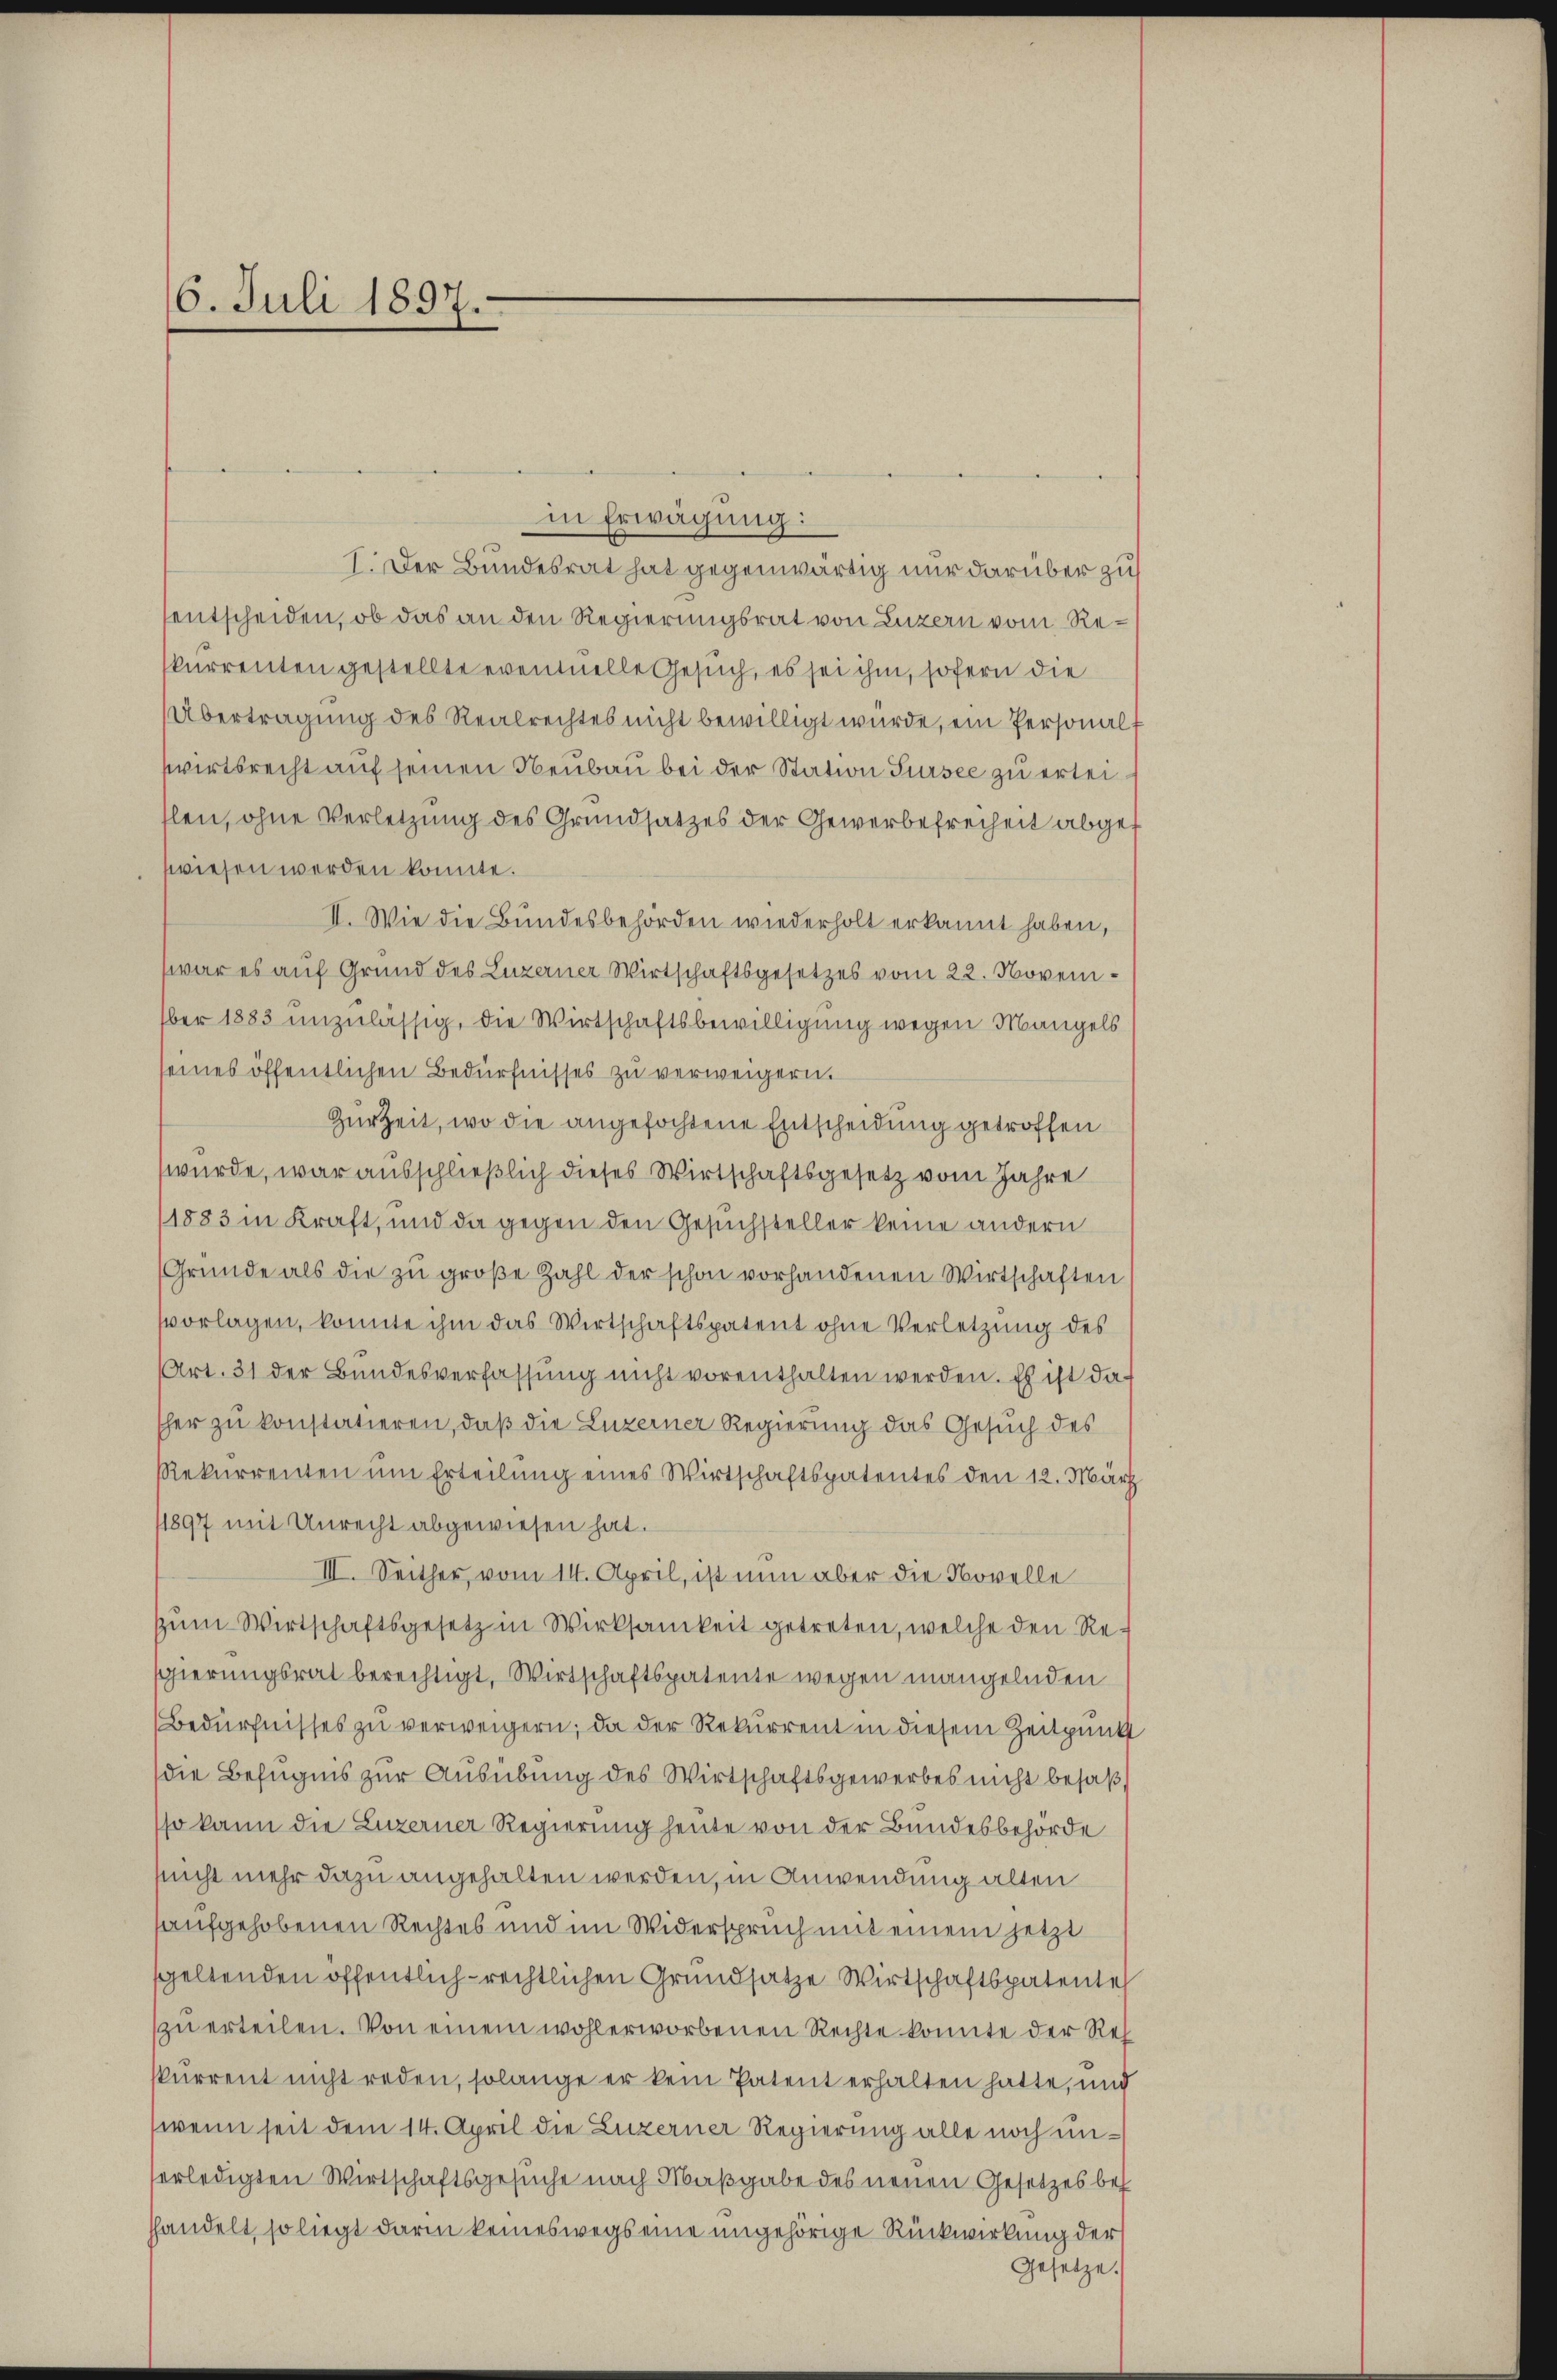
6. Juli 1897.

in Erwägung:
I. Der Bundesrat hat gegenwärtig nur darüber zu
entscheiden, ob das an den Regierungsrat von Luzern vom Rekurrenten gestellte eventuelle Gesuch, es sei ihm, sofern die
Übertragung des Realrechtes nicht bewilligt würde, ein Personalwirtsrecht auf seinen Neubau bei der Station Sursee zu erleitlen, ohne Verletzung des Grundsatzes der Gewerbefreiheit abgef
wiesen werden könnte.
II. Wie die Bundesbehörden wiederholt erkannt haben,
war es auf Grund des Luzerner Wirtschaftsgesetzes vom 22. November 1883 unzulässig, die Wirtschaftsbewilligung wegen Mangels
seines öffentlichen Bedürfnisses zu verweigern.
Zur Zeit, wo die angefochtene Entscheidung getroffen
wurde, war ausschließlich dieses Wirtschaftsgesetz vom Jahre
1883 in Kraft, und da gegen den Gesuchsteller keine andern
Gründe als die zu große Zahl der schon vorhandenen Wirtschaften
vorlagen, konnte ihm das Wirtschaftspatent ohne Verletzung des
Art. 31 der Bundesverfassung nicht vorenthalten werden. Es ist dasher zu konstatieren, daß die Luzerner Regierung das Gesuch des
Rekurrenten um Erteilung eines Wirtschaftspatentes den 12. März
11897 mit Unrecht abgewiesen hat.
III. Seither, vom 14. April, ist nun aber die Novelle
zum Wirtschaftsgesetz in Wirksamkeit getreten, welche den Regierungsrat berechtigt, Wirtschaftspatente wegen mangelnden
Bedürfnisses zu verweigern; da der Rekurrent in diesem Zeitpunkt
die Befugnis zur Ausübung des Wirtschaftsgewerbes nicht besaß
so kann die Luzerner Regierung heute von der Bundesbehörde
nicht mehr dazu angehalten werden, in Anwendung alten
saufgehobenen Rechtes und im Widerspruch mit einem jetzt
speltenden öffentlich-rechtlichen Grundsatze Wirtschaftspatente
zu erteilen. Von einem wohlerworbenen Rechte konnte der Res
kurrent nicht reden, solange er kein Patent erhalten hatte, und
(wenn seit dem 14. April die Luzerner Regierung alle noch unerledigten Wirtschaftsgesuche nach Maßgabe des neuen Gesetzes bef
hhandelt, so liegt darin keineswegs eine ungehörige Rückwirkung der
Gesetze.